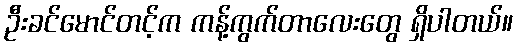
ဦးခင်မောင်တင့်က ကန့်ကွက်တာလေးတွေ ရှိပါတယ်။